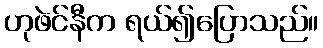
ဟုဖဲင်နီက ရယ်၍ပြောသည်။